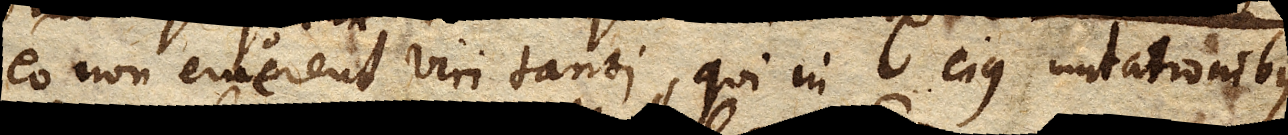
eo non eruerent viri tanti, qui in ejus mutationibus